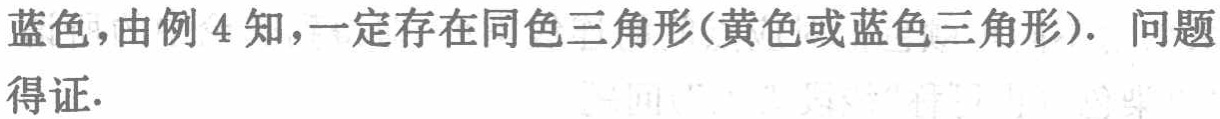
蓝色，由例4知，一定存在同色三角形(黄色或蓝色三角形)．问题得证.